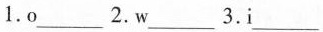
1.o___ 2.w___ 3.i ___